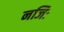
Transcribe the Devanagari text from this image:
नजिः